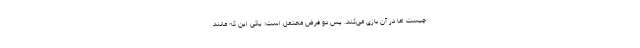
چیست اما در آن بازی می‌کند. پس دو فرض محتمل است: یکی این که مانند